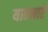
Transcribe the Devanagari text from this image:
यातनाऐं